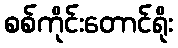
စစ်ကိုင်းတောင်ရိုး